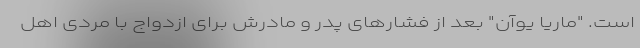
است. "ماریا یوآن" بعد از فشارهای پدر و مادرش برای ازدواج با مردی اهل